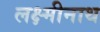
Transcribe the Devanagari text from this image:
लक्ष्मीनाथ